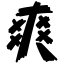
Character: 爽